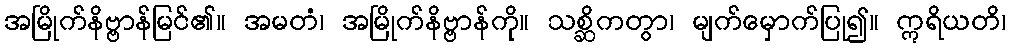
အမြိုက်နိဗ္ဗာန်မြင်၏။ အမတံ၊ အမြိုက်နိဗ္ဗာန်ကို။ သစ္ဆိကတွာ၊ မျက်မှောက်ပြု၍။ ဣရိယတိ၊